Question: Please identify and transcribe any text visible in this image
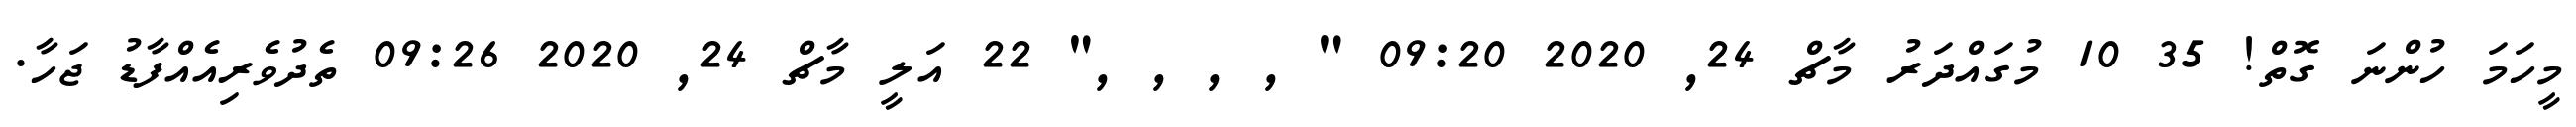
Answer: މީހަމަ ހުންނަ ގޮތް! 35 10 މުގައްދަރު މާޗް 24, 2020 09:20 " , , , ," 22 އަލީ މާޗް 24, 2020 09:26 ތެދުވެރިއެއްފާޑު ޖަހާ.